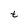
Character: t